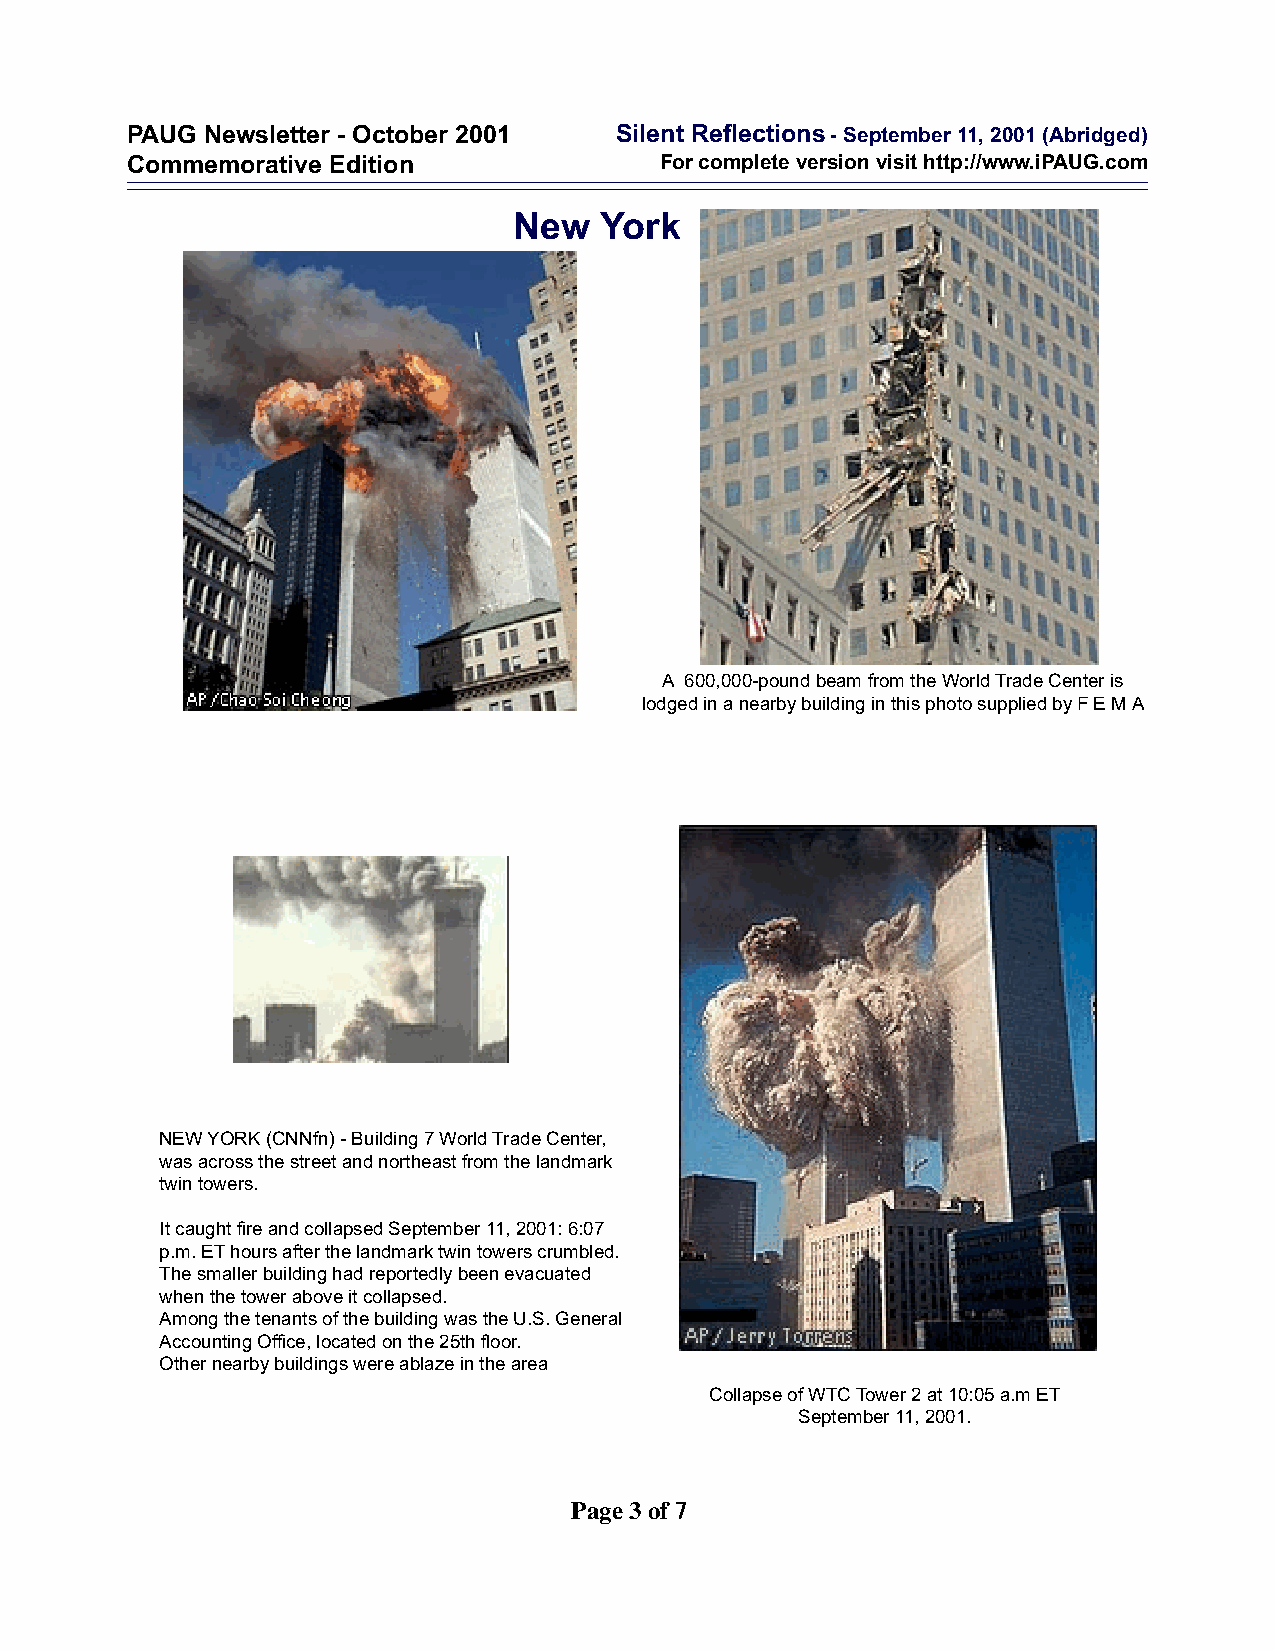
PAUG Newsletter - October 2001   Silent Reflections - September 11, 2001 (Abridged)
 Commemorative Edition               For complete version visit http://www.iPAUG.com
 New   York
 A 600,000-pound beam from the World Trade Center is
 lodged in a nearby building in this photo supplied by F E M A
 NEW YORK (CNNfn) - Building 7 World Trade Center,
 was across the street and northeast from the landmark
 twin towers.
 It caught fire and collapsed September 11, 2001: 6:07
 p.m. ET hours after the landmark twin towers crumbled.
 The smaller building had reportedly been evacuated
 when the tower above it collapsed.
 Among the tenants of the building was the U.S. General
 Accounting Office, located on the 25th floor.
 Other nearby buildings were ablaze in the area
 Collapse of WTC Tower 2 at 10:05 a.m ET
 September 11, 2001.
 Page 3 of 7